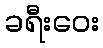
ခရီးဝေး